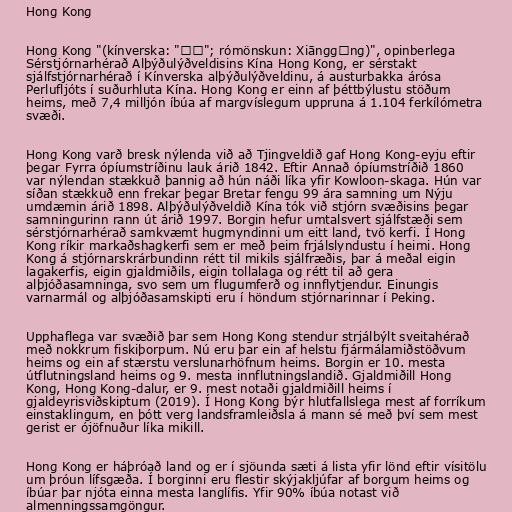
Hong Kong

Hong Kong "(kínverska: "香港"; rómönskun: Xiānggǎng)", opinberlega
Sérstjórnarhérað Alþýðulýðveldisins Kína Hong Kong, er sérstakt
sjálfstjórnarhérað í Kínverska alþýðulýðveldinu, á austurbakka árósa
Perlufljóts í suðurhluta Kína. Hong Kong er einn af þéttbýlustu stöðum
heims, með 7,4 milljón íbúa af margvíslegum uppruna á 1.104 ferkílómetra
svæði.

Hong Kong varð bresk nýlenda við að Tjingveldið gaf Hong Kong-eyju eftir
þegar Fyrra ópíumstríðinu lauk árið 1842. Eftir Annað ópíumstríðið 1860
var nýlendan stækkuð þannig að hún náði líka yfir Kowloon-skaga. Hún var
síðan stækkuð enn frekar þegar Bretar fengu 99 ára samning um Nýju
umdæmin árið 1898. Alþýðulýðveldið Kína tók við stjórn svæðisins þegar
samningurinn rann út árið 1997. Borgin hefur umtalsvert sjálfstæði sem
sérstjórnarhérað samkvæmt hugmyndinni um eitt land, tvö kerfi. Í Hong
Kong ríkir markaðshagkerfi sem er með þeim frjálslyndustu í heimi. Hong
Kong á stjórnarskrárbundinn rétt til mikils sjálfræðis, þar á meðal eigin
lagakerfis, eigin gjaldmiðils, eigin tollalaga og rétt til að gera
alþjóðasamninga, svo sem um flugumferð og innflytjendur. Einungis
varnarmál og alþjóðasamskipti eru í höndum stjórnarinnar í Peking.

Upphaflega var svæðið þar sem Hong Kong stendur strjálbýlt sveitahérað
með nokkrum fiskiþorpum. Nú eru þar ein af helstu fjármálamiðstöðvum
heims og ein af stærstu verslunarhöfnum heims. Borgin er 10. mesta
útflutningsland heims og 9. mesta innflutningslandið. Gjaldmiðill Hong
Kong, Hong Kong-dalur, er 9. mest notaði gjaldmiðill heims í
gjaldeyrisviðskiptum (2019). Í Hong Kong býr hlutfallslega mest af forríkum
einstaklingum, en þótt verg landsframleiðsla á mann sé með því sem mest
gerist er ójöfnuður líka mikill.

Hong Kong er háþróað land og er í sjöunda sæti á lista yfir lönd eftir vísitölu
um þróun lífsgæða. Í borginni eru flestir skýjakljúfar af borgum heims og
íbúar þar njóta einna mesta langlífis. Yfir 90% íbúa notast við
almenningssamgöngur.